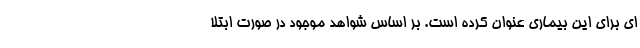
ای برای این بیماری عنوان کرده است. بر اساس شواهد موجود در صورت ابتلا